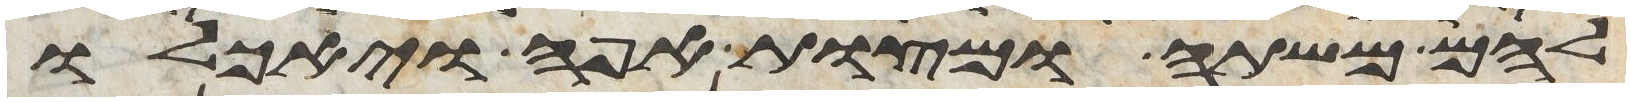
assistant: להם משתה ומצות אפה ויאכלו